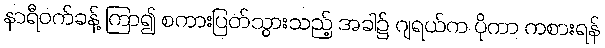
နာရီဝက်ခန့် ကြာ၍ စကားပြတ်သွားသည့် အခါ၌ ဂျရယ်က ပိုကာ ကစားရန်